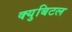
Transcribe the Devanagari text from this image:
क्युबिटल